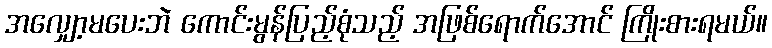
အလျှော့မပေးဘဲ ကောင်းမွန်ပြည့်စုံသည့် အဖြစ်ရောက်အောင် ကြိုးစားရမယ်။